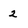
Character: 2